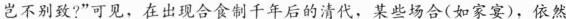
岂不别致?”可见，在出现合食制千年后的清代，某些场合(如家宴)，依然